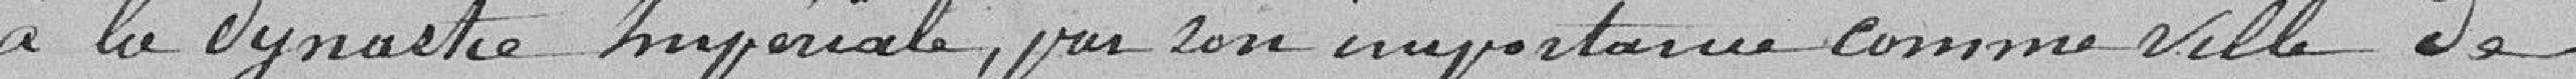
à la dynastie Impériale, par son importance comme Ville de